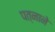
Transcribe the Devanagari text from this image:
पत्‍नाने